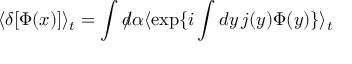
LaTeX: \langle \delta [ \Phi ( x ) ] \rangle _ { t } = \int d \! \! \! / \alpha \langle \exp \{ i \int d y \, j ( y ) \Phi ( y ) \} \rangle _ { t }